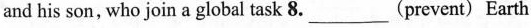
and his son, who join a global task 8.___(prevent) Earth